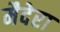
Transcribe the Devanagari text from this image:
मैदेरा